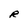
Character: R